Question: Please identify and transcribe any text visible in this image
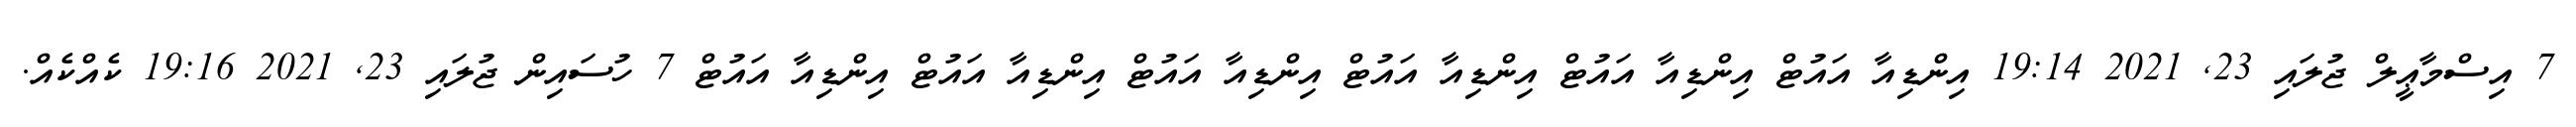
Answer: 7 އިސްމާޢީލް ޖުލައި 23, 2021 19:14 އިންޑިއާ އައުޓް އިންޑިއާ އައުޓް އިންޑިއާ އައުޓް އިންޑިއާ އައުޓް އިންޑިއާ އައުޓް އިންޑިއާ އައުޓް 7 ހުސައިން ޖުލައި 23, 2021 19:16 ކެއްކެއް.